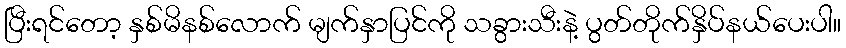
ပြီးရင်တော့ နှစ်မိနစ်လောက် မျက်နှာပြင်ကို သခွားသီးနဲ့ ပွတ်တိုက်နှိပ်နယ်ပေးပါ။